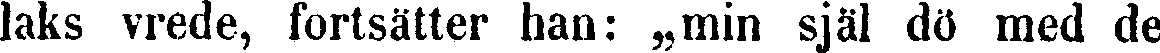
laks vrede, fortsätter han: „min själ dö med de